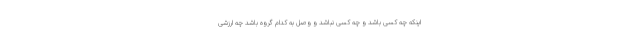
اینکه چه کسی باشد و چه کسی نباشد و وصل به کدام گروه باشد چه ارزشی